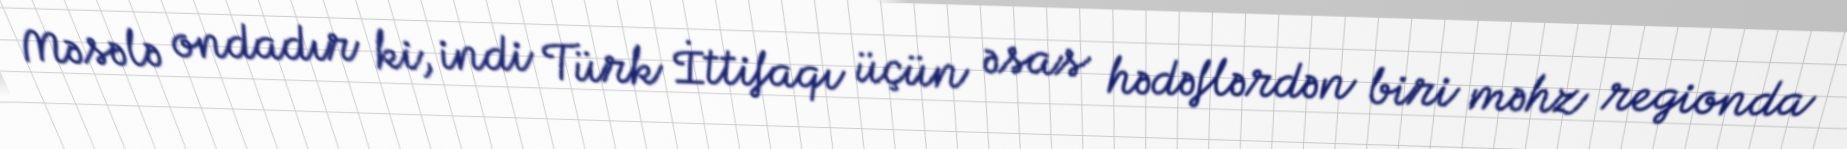
Məsələ ondadır ki, indi Türk İttifaqı üçün əsas hədəflərdən biri məhz regionda